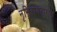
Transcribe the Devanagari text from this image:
नृसिंहावतारास